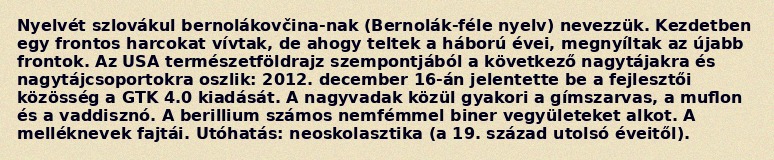
Nyelvét szlovákul bernolákovčina-nak (Bernolák-féle nyelv) nevezzük. Kezdetben egy frontos harcokat vívtak, de ahogy teltek a háború évei, megnyíltak az újabb frontok. Az USA természetföldrajz szempontjából a következő nagytájakra és nagytájcsoportokra oszlik: 2012. december 16-án jelentette be a fejlesztői közösség a GTK 4.0 kiadását. A nagyvadak közül gyakori a gímszarvas, a muflon és a vaddisznó. A berillium számos nemfémmel biner vegyületeket alkot. A melléknevek fajtái. Utóhatás: neoskolasztika (a 19. század utolsó éveitől).